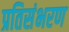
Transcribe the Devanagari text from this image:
प्रतिसंभरण